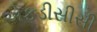
એફડીસીસી